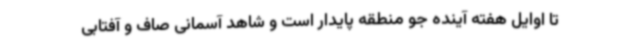
تا اوایل هفته آینده جو منطقه پایدار است و شاهد آسمانی صاف و آفتابی